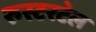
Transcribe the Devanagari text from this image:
रुस्टरटेल